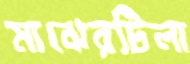
মাঝেরটিলা